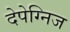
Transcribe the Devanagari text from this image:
देपेग्निज